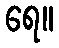
ရေ။